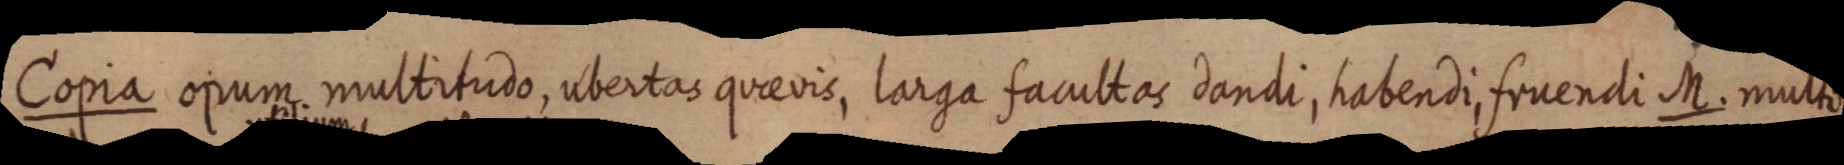
Copia opum multitudo, ubertas quaevis, larga facultas dandi, habendi fruendi M. multo